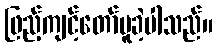
ဖြည့်ကျင့်တော်မူခဲ့ပါသည်။